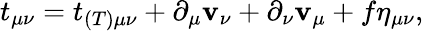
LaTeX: t_{\mu\nu}=t_{(T)\mu\nu}+\partial_{\mu}\mathbf{v}_{\nu}+\partial_{\nu}\mathbf{v}_{\mu}+f\eta_{\mu\nu},